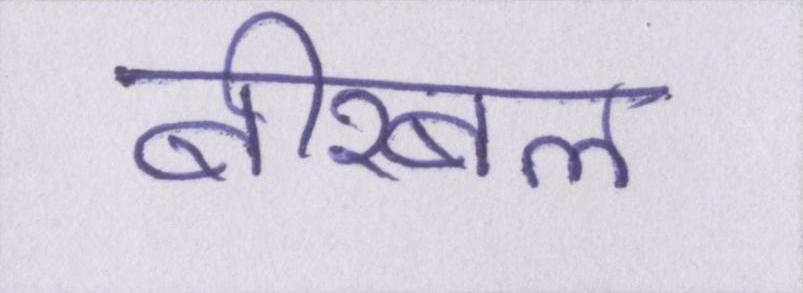
बीरबल